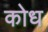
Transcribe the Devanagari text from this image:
कोध